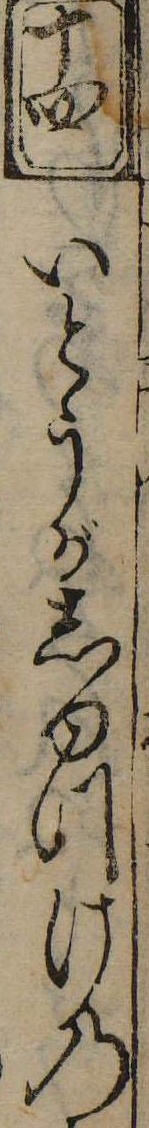
十四いとうがしゆつけの